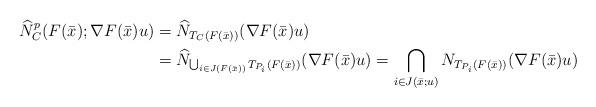
LaTeX: \begin{align*}\widehat N^p_C(F(\bar x);\nabla F(\bar x)u)&=\widehat N_{T_C(F(\bar x))}(\nabla F(\bar x)u)\\&=\widehat N_{\bigcup_{i\in J(F(\bar x))}T_{P_i}(F(\bar x))}(\nabla F(\bar x)u)=\bigcap\limits_{i\in J(\bar x;u)}N_{T_{P_i}(F(\bar x))}(\nabla F(\bar x)u)\end{align*}